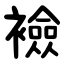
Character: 襝